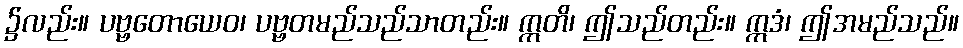
၌လည်း။ ပဗ္ဗတောယေဝ၊ ပဗ္ဗတမည်သည်သာတည်း။ ဣတိ၊ ဤသည်တည်း။ ဣဒံ၊ ဤအမည်သည်။